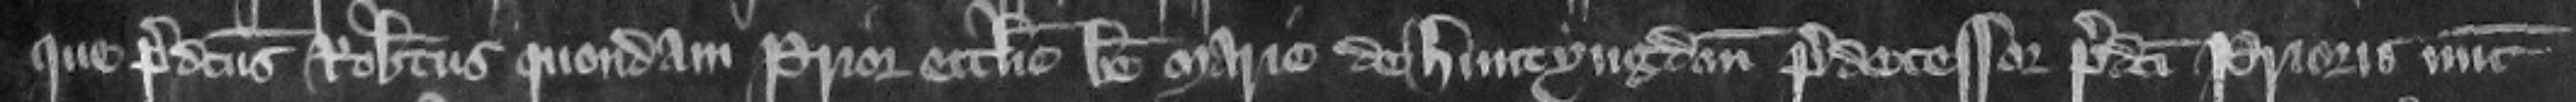
que predictus Robertus quondam prior ecclesie beale Marie de Huntyngdon predecessor predicti prioris nunc